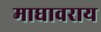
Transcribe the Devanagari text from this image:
माधावराय